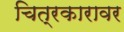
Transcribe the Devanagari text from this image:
चित्रकारावर